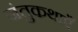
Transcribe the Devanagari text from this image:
जंतुकथाएँ